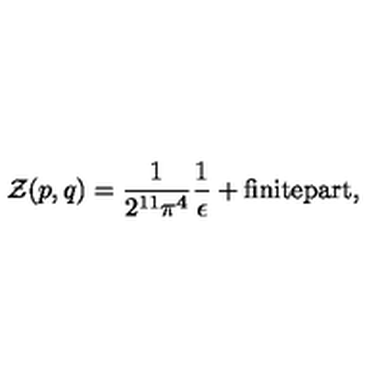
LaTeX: { \cal Z } ( p , q ) = \frac { 1 } { 2 ^ { 1 1 } \pi ^ { 4 } } \frac { 1 } { \epsilon } + \mathrm { f i n i t e p a r t } ,